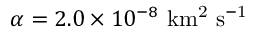
\alpha = 2 . 0 \times 1 0 ^ { - 8 } \ \mathrm { k m ^ { 2 } \ s ^ { - 1 } }